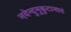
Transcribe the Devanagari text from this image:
नवेन्दुमुकुटाभातं